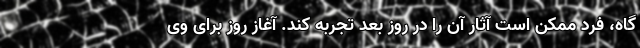
گاه، فرد ممکن است آثار آن را در روز بعد تجربه کند. آغاز روز برای وی